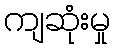
ကျဆုံးမှု